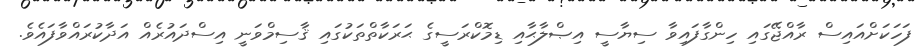
ފަހަކަށްއައިސް ރާއްޖޭގައި ހިންގާފައިވާ ސިޔާސީ އިޞްލާޙާއި ޑިމޮކްރަސީގެ ޙަރަކާތްތަކުގައި ޤާސިމްވަނީ އިސްދައުރެއް އަދާކުރައްވާފައެވެ.